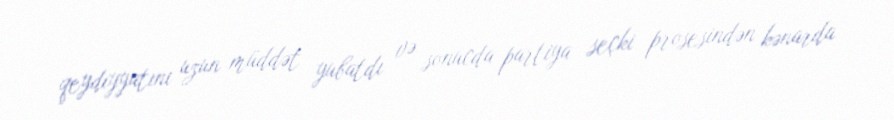
qeydiyyatını uzun müddət yubatdı və sonucda partiya seçki prosesindən kənarda